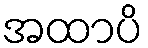
အထာပိ